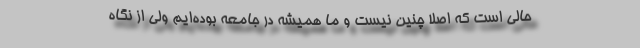
حالی‌ است که اصلا چنین نیست و ما همیشه در جامعه بوده‌ایم ولی از نگاه